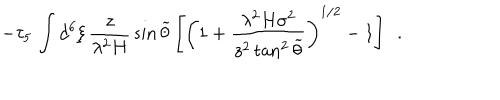
- \tau _ { 5 } \, \int d ^ { 6 } \xi \, \frac { z } { \lambda ^ { 2 } H } \, \sin { \widetilde { \theta } } \left[ \left( 1 + \frac { \lambda ^ { 2 } H \sigma ^ { 2 } } { z ^ { 2 } \tan ^ { 2 } { \widetilde { \theta } } } \right) ^ { 1 / 2 } - 1 \right] ~ ~ .